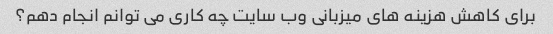
برای کاهش هزینه های میزبانی وب سایت چه کاری می توانم انجام دهم؟